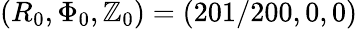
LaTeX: (R_{0},\Phi_{0},\mathbb{Z}_{0})=(201/200,0,0)